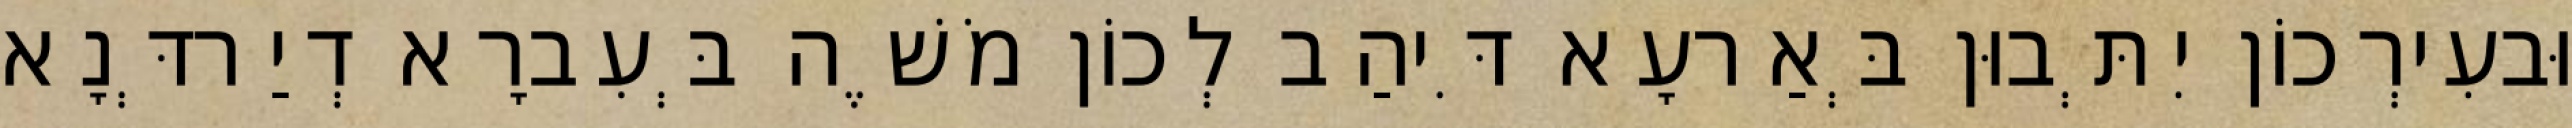
וּבעִירְכוֹן יִתְּבוּן בְּאַרעָא דִּיהַב לְכוֹן מֹשֶׁה בְּעִברָא דְיַרדְּנָא